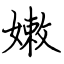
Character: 嫩